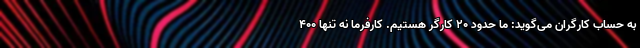
به حساب کارگران می‌گوید: ما حدود ۲۰ کارگر هستیم. کارفرما نه تنها ۴۰۰